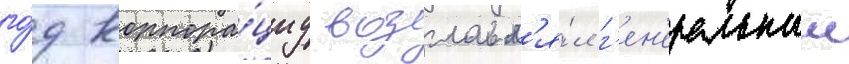
го́д корпора́циу возглавл'я́л г'ен'еральныи